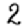
Digit: 2